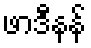
ဖာဒီနန်